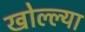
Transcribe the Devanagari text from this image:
खोल्ल्या